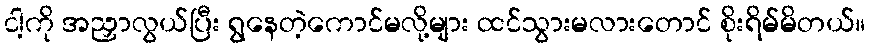
ငါ့ကို အညှာလွယ်ပြီး ရွနေတဲ့ကောင်မလို့များ ထင်သွားမလားတောင် စိုးရိမ်မိတယ်။